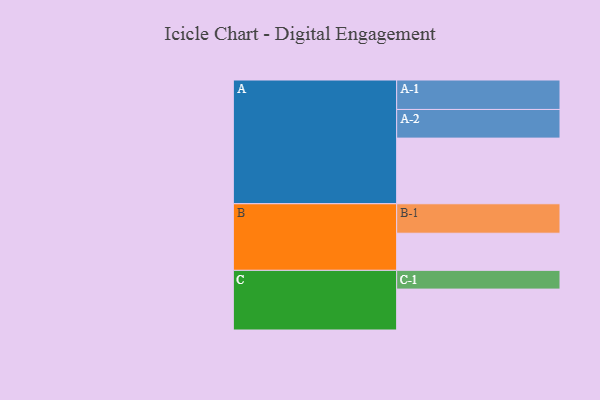
{"axis": {"x": "Segment", "y": "Value"}, "legend": ["", "A", "B", "C"], "data": [{"x": "A", "y": 557, "type": ""}, {"x": "B", "y": 315, "type": ""}, {"x": "C", "y": 347, "type": ""}, {"x": "A-1", "y": 250, "type": "A"}, {"x": "A-2", "y": 243, "type": "A"}, {"x": "B-1", "y": 250, "type": "B"}, {"x": "C-1", "y": 159, "type": "C"}]}